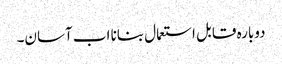
دوبارہ قابل استعمال بنانا اب آسان۔